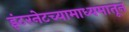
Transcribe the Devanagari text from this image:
इंटरनेटच्यामाध्यमातून